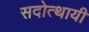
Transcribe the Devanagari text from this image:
सदोत्थायी